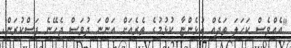
"އެއްވެސް ކަހަލަ ތަދެއް އުޅެންޏާ ކުޅުމުގެ ތެރެއަށް އަންނަ ދުވަސް ޖެހޭނެ ފަސްކުރަން.